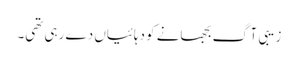
زیبی آگ بجھانے کو دہائیاں دے رہی تھی۔